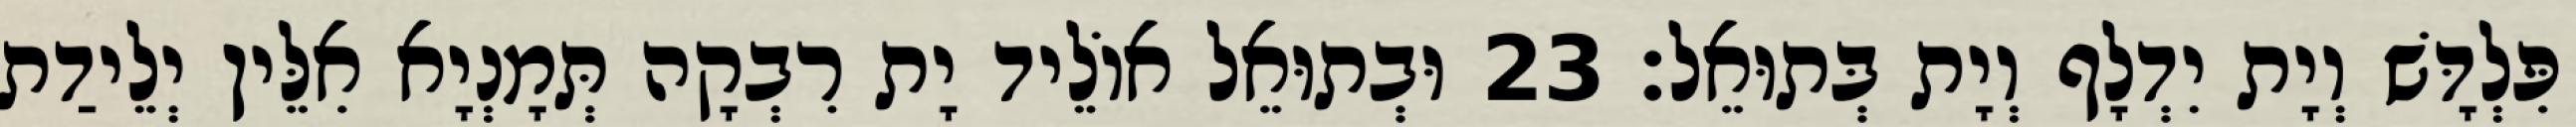
פִּלְדָּשׁ וְיָת יִדְלָף וְיָת בְּתוּאֵל׃ 23 וּבְתוּאֵל אוֹלֵיד יָת רִבְקָה תְּמָנְיָא אִלֵּין יְלֵידַת